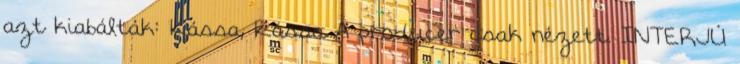
azt kiabálták: Kássa, Kássa A producer csak nézett. INTERJÚ